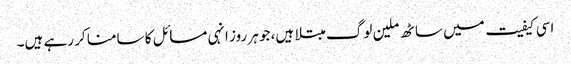
اسی کیفیت میں ساٹھ ملین لوگ مبتلا ہیں، جو ہر روز انہی مسائل کا سامنا کر رہے ہیں۔